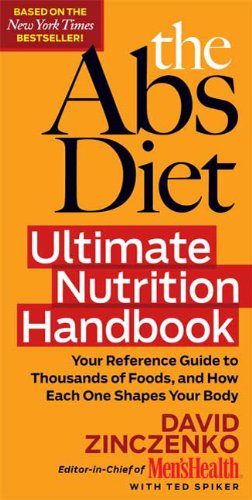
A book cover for The Abs Diet Ultimate Nutrition Handbook: Your Reference Guide to Thousands of Foods, and How Each One Shapes Your Body; David Zinczenko; Health, Fitness & Dieting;